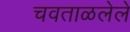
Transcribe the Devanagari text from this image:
चवताळलेले